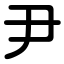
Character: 尹